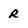
Character: R